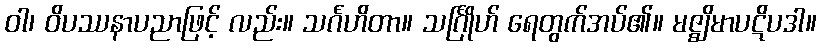
ဝါ၊ ဝိပဿနာပညာဖြင့် လည်း။ သင်္ဂဟိတာ။ သင်္ဂြိုဟ် ရေတွက်အပ်၏။ မဇ္ဈိမာပဋိပဒါ။